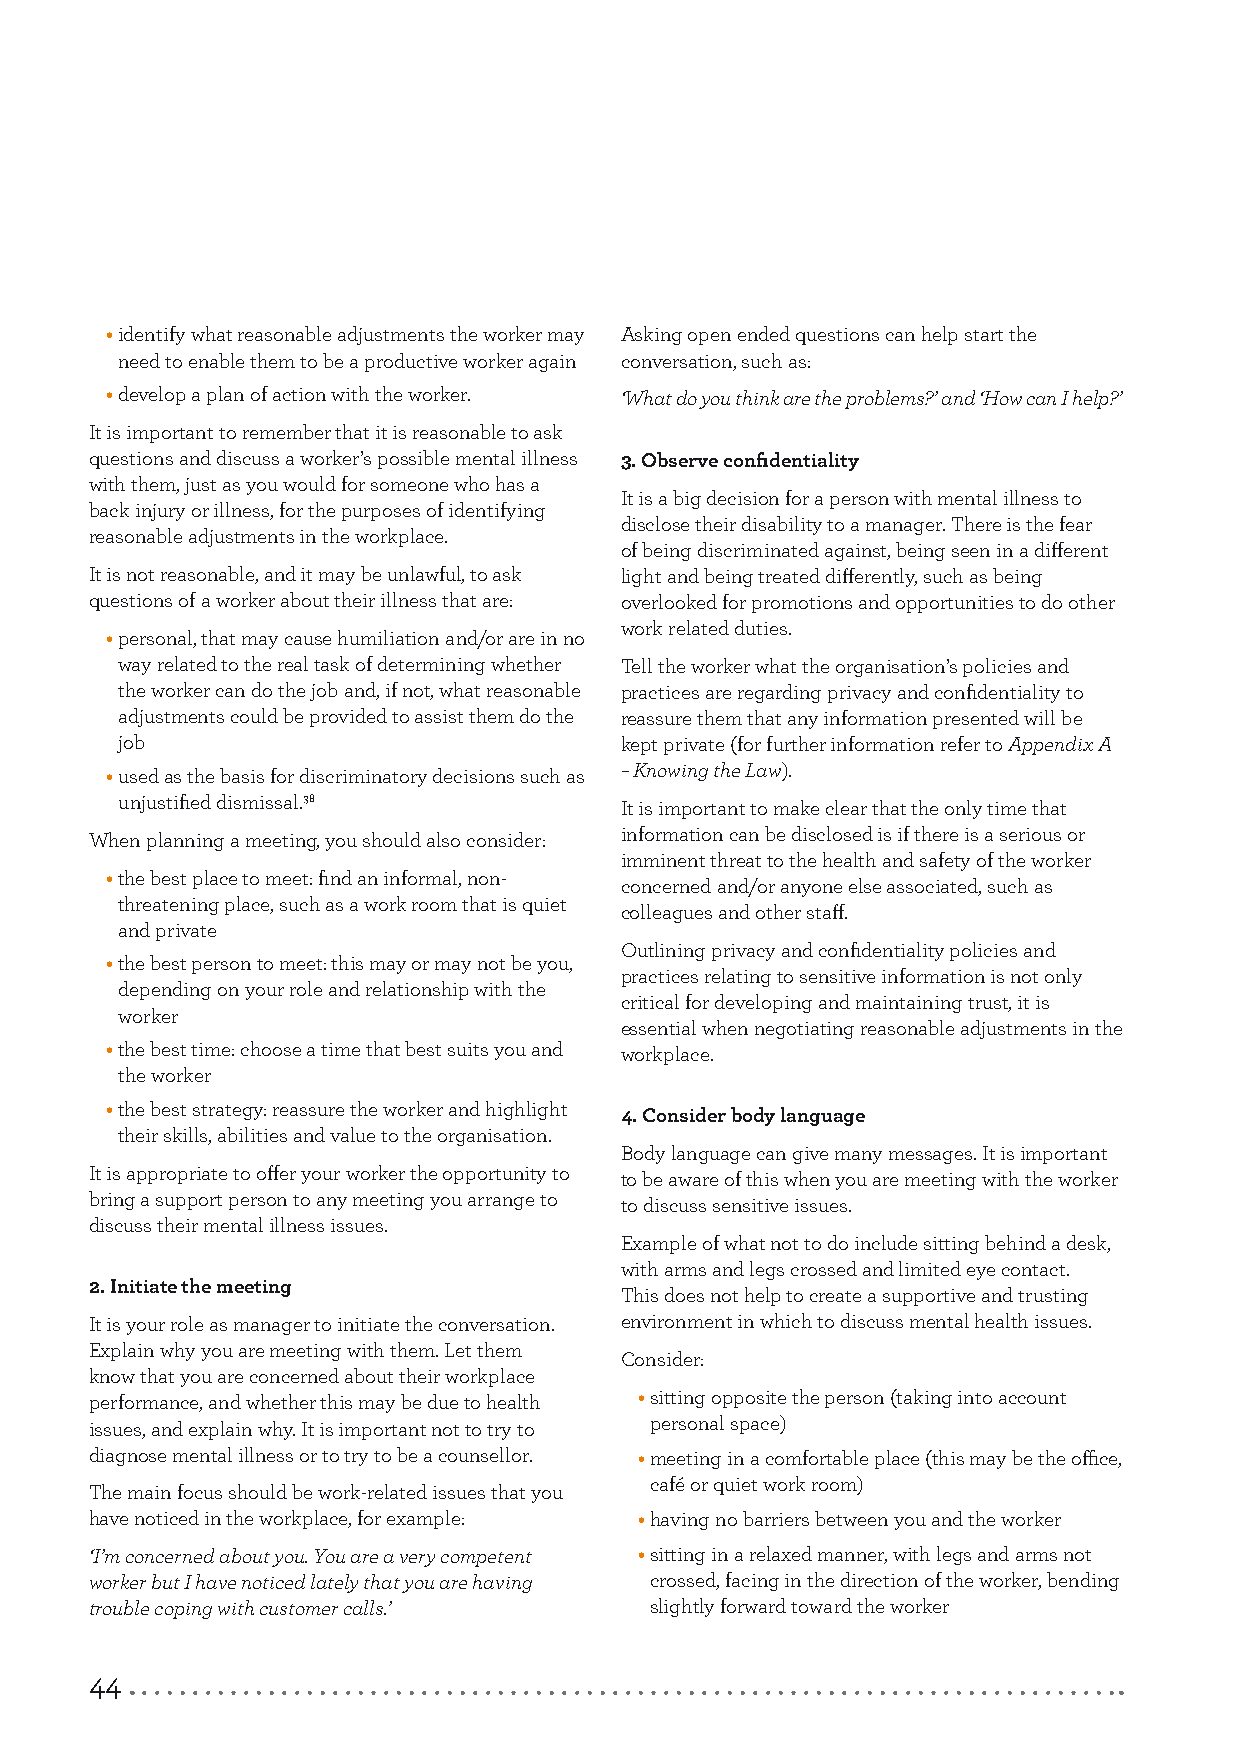
• identify what reasonable adjustments the worker may Asking open ended questions can help start the
 need to enable them to be a productive worker again conversation, such as:
 • develop a plan of action with the worker. ‘What do you think are the problems?’ and ‘How can I help?’
 It is important to remember that it is reasonable to ask
 questions and discuss a worker’s possible mental illness 3. Observe confidentiality
 with them, just as you would for someone who has a
 It is a big decision for a person with mental illness to
 back injury or illness, for the purposes of identifying
 disclose their disability to a manager. There is the fear
 reasonable adjustments in the workplace.
 of being discriminated against, being seen in a different
 It is not reasonable, and it may be unlawful, to ask light and being treated differently, such as being
 questions of a worker about their illness that are: overlooked for promotions and opportunities to do other
 work related duties.
 • personal, that may cause humiliation and/or are in no
 way related to the real task of determining whether Tell the worker what the organisation’s policies and
 the worker can do the job and, if not, what reasonable practices are regarding privacy and confidentiality to
 adjustments could be provided to assist them do the reassure them that any information presented will be
 job                              kept private (for further information refer to Appendix A
 • used as the basis for discriminatory decisions such as – Knowing the Law).
 unjustified dismissal.38         It is important to make clear that the only time that
 When planning a meeting, you should also consider: information can be disclosed is if there is a serious or
 imminent threat to the health and safety of the worker
 • the best place to meet: find an informal, non-
 concerned and/or anyone else associated, such as
 threatening place, such as a work room that is quiet
 colleagues and other staff.
 and private
 Outlining privacy and confidentiality policies and
 • the best person to meet: this may or may not be you,
 practices relating to sensitive information is not only
 depending on your role and relationship with the
 critical for developing and maintaining trust, it is
 worker
 essential when negotiating reasonable adjustments in the
 • the best time: choose a time that best suits you and workplace.
 the worker
 • the best strategy: reassure the worker and highlight
 4. Consider body language
 their skills, abilities and value to the organisation.
 Body language can give many messages. It is important
 It is appropriate to offer your worker the opportunity to
 to be aware of this when you are meeting with the worker
 bring a support person to any meeting you arrange to
 to discuss sensitive issues.
 discuss their mental illness issues.
 Example of what not to do include sitting behind a desk,
 with arms and legs crossed and limited eye contact.
 2. Initiate the meeting
 This does not help to create a supportive and trusting
 It is your role as manager to initiate the conversation. environment in which to discuss mental health issues.
 Explain why you are meeting with them. Let them
 Consider:
 know that you are concerned about their workplace
 performance, and whether this may be due to health • sitting opposite the person (taking into account
 issues, and explain why. It is important not to try to personal space)
 diagnose mental illness or to try to be a counsellor. • meeting in a comfortable place (this may be the office,
 café or quiet work room)
 The main focus should be work-related issues that you
 have noticed in the workplace, for example: • having no barriers between you and the worker
 ‘I’m concerned about you. You are a very competent • sitting in a relaxed manner, with legs and arms not
 worker but I have noticed lately that you are having crossed, facing in the direction of the worker, bending
 trouble coping with customer calls.’ slightly forward toward the worker
 44